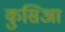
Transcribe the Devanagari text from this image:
कुसिआ